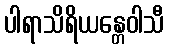
ပါရာသိရိယန္တေဝါသီ